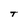
Character: T